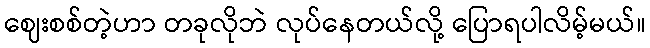
ဈေးစစ်တဲ့ဟာ တခုလိုဘဲ လုပ်နေတယ်လို့ ပြောရပါလိမ့်မယ်။